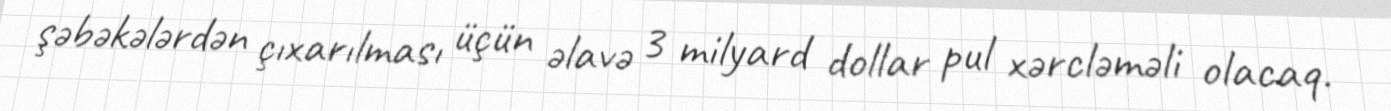
şəbəkələrdən çıxarılması üçün əlavə 3 milyard dollar pul xərcləməli olacaq.